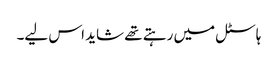
ہاسٹل میں رہتے تھے شاید اس لیے۔